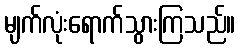
မျက်လုံးရောက်သွားကြသည်။